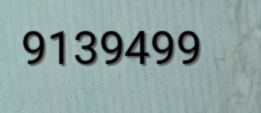
9139499